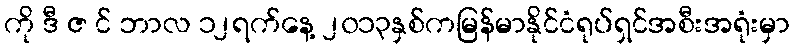
ကို ဒီ ဇ င် ဘာလ ၁၂ရက်နေ့ ၂၀၁၃နှစ်ကမြန်မာနိုင်ငံရုပ်ရှင်အစီးအရုံးမှာ